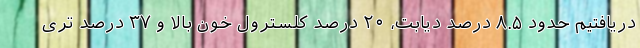
دریافتیم حدود ۸.۵ درصد دیابت، ۲۰ درصد کلسترول خون بالا و ۳۷ درصد تری